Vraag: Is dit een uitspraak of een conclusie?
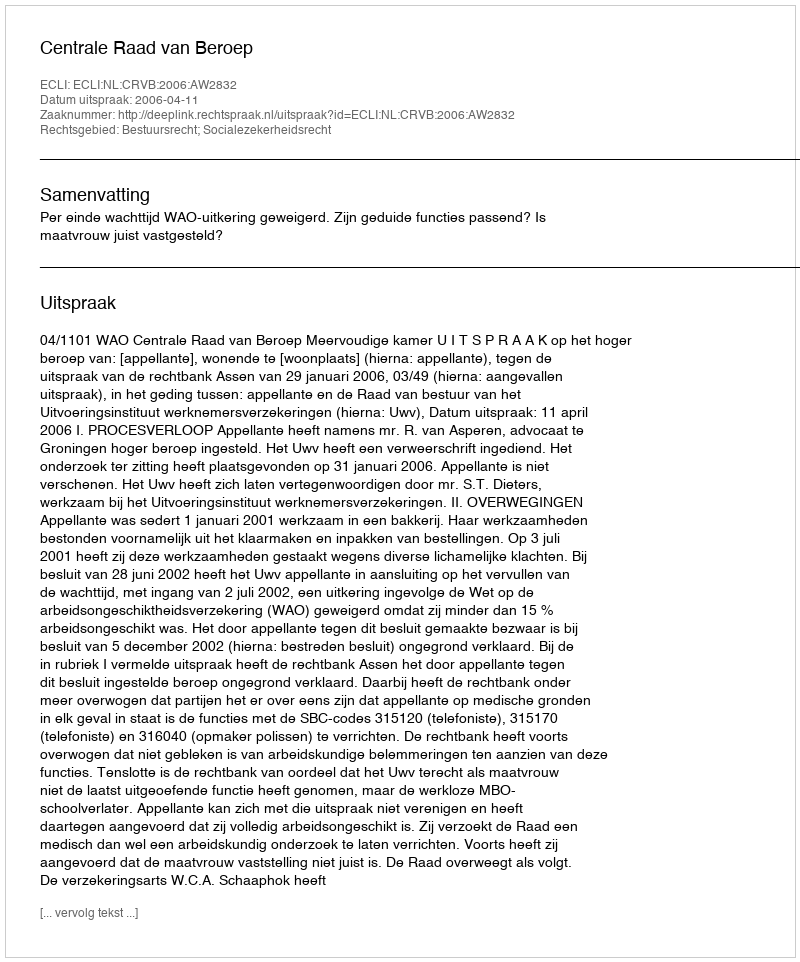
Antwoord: Uitspraak